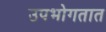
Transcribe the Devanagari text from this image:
उपभोगतात